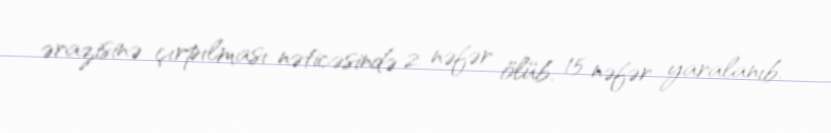
ərazisinə çırpılması nəticəsində 2 nəfər ölüb, 15 nəfər yaralanıb.